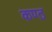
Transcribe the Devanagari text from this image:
कण्‍ठ